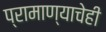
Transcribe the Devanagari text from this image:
प्रामाण्याचेही